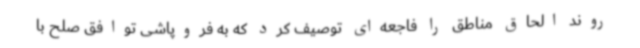
روند الحاق مناطق را فاجعه‌ای توصیف کرد که به فروپاشی توافق صلح با